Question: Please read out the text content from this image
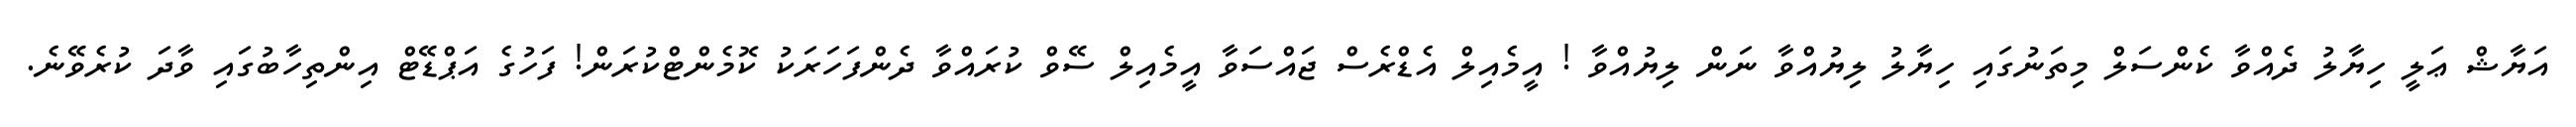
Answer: އަޔާޝް ޢަލީ ހިޔާލު ދެއްވާ ކެންސަލް މިތަނުގައި ހިޔާލު ލިޔުއްވާ ނަން ލިޔުއްވާ ! އީމެއިލް އެޑްރެސް ޖައްސަވާ އީމެއިލް ސޭވް ކުރައްވާ ދެންފަހަރަކު ކޮމެންޓްކުރަން! ފަހުގެ އަޕްޑޭޓް އިންތިހާބުގައި ވާދަ ކުރެވޭނެ.